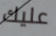
عليك